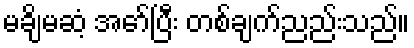
မချိမဆံ့ အော်ပြီး တစ်ချက်ညည်းသည်။